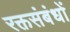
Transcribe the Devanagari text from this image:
रक्तसंबंधों